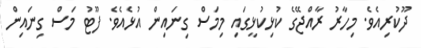
ދޫކުރިއެވެ. މިހާރު ރާއްޖޭގެ ކުޅިކުޅީގައި މިމަސް ގިނައިން އުޅެއެވެ. ފޫޓު މަސް ގިނައިން